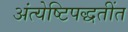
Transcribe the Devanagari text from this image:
अंत्येष्टिपद्धतींत